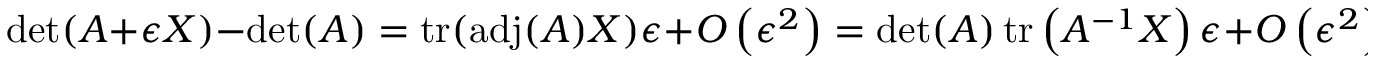
\operatorname* { d e t } ( A + \epsilon X ) - \operatorname* { d e t } ( A ) = \operatorname { t r } ( \operatorname { a d j } ( A ) X ) \epsilon + O \left( \epsilon ^ { 2 } \right) = \operatorname* { d e t } ( A ) \operatorname { t r } \left( A ^ { - 1 } X \right) \epsilon + O \left( \epsilon ^ { 2 } \right)